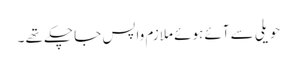
حویلی سے آئے ہوئے ملازم واپس جا چکے تھے ۔